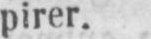
pirer.